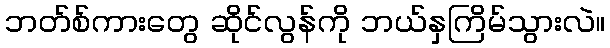
ဘတ်စ်ကားတွေ ဆိုင်လွန်ကို ဘယ်နှကြိမ်သွားလဲ။